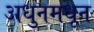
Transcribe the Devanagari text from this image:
अधुनमधून